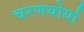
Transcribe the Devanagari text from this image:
चरणयोर्या